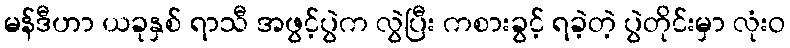
မန်ဒီဟာ ယခုနှစ် ရာသီ အဖွင့်ပွဲက လွဲပြီး ကစားခွင့် ရခဲ့တဲ့ ပွဲတိုင်းမှာ လုံးဝ